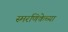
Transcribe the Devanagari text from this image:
स्मरणिकेच्या